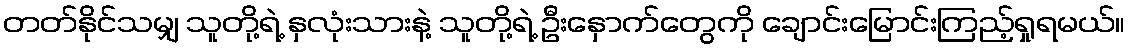
တတ်နိုင်သမျှ သူတို့ရဲ့ နှလုံးသားနဲ့ သူတို့ရဲ့ ဦးနှောက်တွေကို ချောင်းမြောင်းကြည့်ရှုရမယ်။